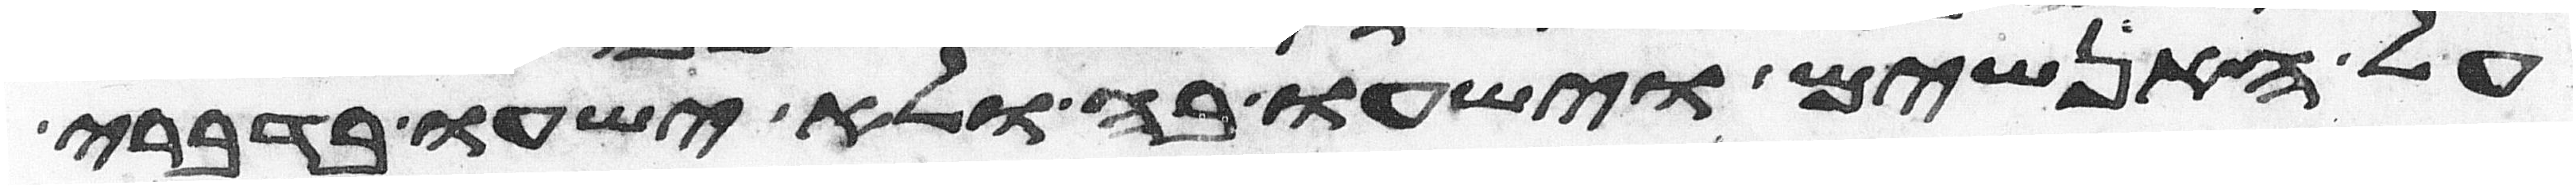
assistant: על האנשים וישעו בה ולא ישעו בדברי